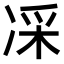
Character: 𠗡